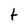
Character: t